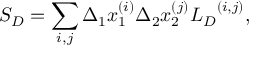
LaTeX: { S } _ { D } = \sum _ { i , j } \Delta _ { 1 } x _ { 1 } ^ { ( i ) } \Delta _ { 2 } x _ { 2 } ^ { ( j ) } { { L } _ { D } } ^ { ( i , j ) } ,